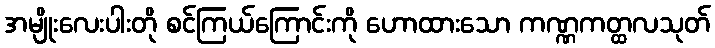
အမျိုးလေးပါးတို စင်ကြယ်ကြောင်းကို ဟောထားသော ကဏ္ဏကတ္ထလသုတ်